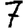
Digit: 7